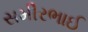
સમીરભાઈ